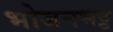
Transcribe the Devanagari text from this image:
भोजनभट्ट